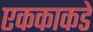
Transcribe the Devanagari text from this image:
एककाकडे